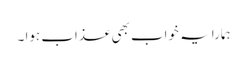
ہمارا یہ خواب بھی عذاب ہوا ۔